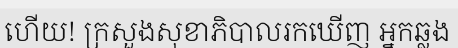
ហើយ! ក្រសួងសុខាភិបាលរកឃើញ អ្នកឆ្លង